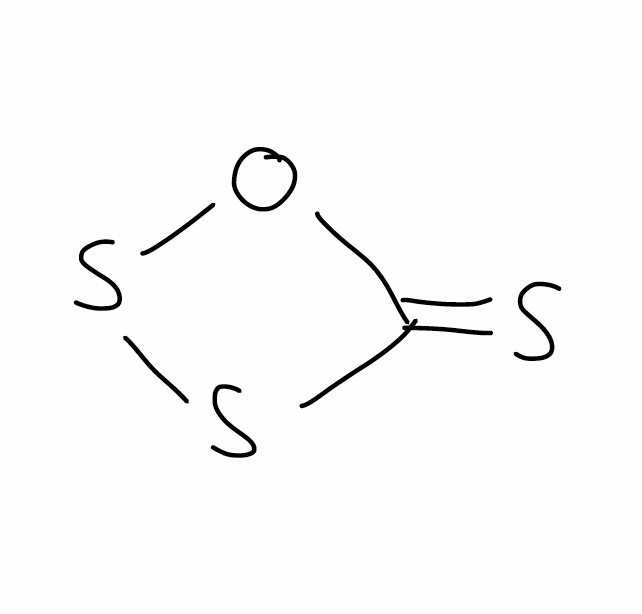
Simplified molecular-input line-entry system (SMILES) notation of the given molecule:
C1(=S)OSS1